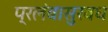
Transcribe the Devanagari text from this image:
प्रलंबासुरवध